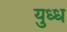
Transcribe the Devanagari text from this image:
युध्ध